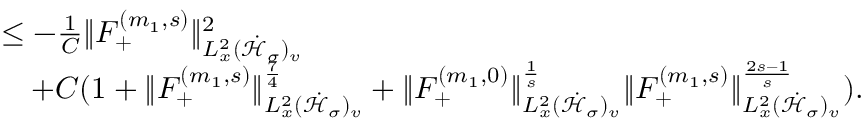
\begin{array} { r l } & { \leq - \frac { 1 } { C } \| F _ { + } ^ { ( m _ { 1 } , s ) } \| _ { L _ { x } ^ { 2 } ( \dot { \mathcal H } _ { \sigma } ) _ { v } } ^ { 2 } } \\ & { \quad + C ( 1 + \| F _ { + } ^ { ( m _ { 1 } , s ) } \| _ { L _ { x } ^ { 2 } ( \dot { \mathcal H } _ { \sigma } ) _ { v } } ^ { \frac { 7 } { 4 } } + \| F _ { + } ^ { ( m _ { 1 } , 0 ) } \| _ { L _ { x } ^ { 2 } ( \dot { \mathcal H } _ { \sigma } ) _ { v } } ^ { \frac { 1 } { s } } \| F _ { + } ^ { ( m _ { 1 } , s ) } \| _ { L _ { x } ^ { 2 } ( \dot { \mathcal H } _ { \sigma } ) _ { v } } ^ { \frac { 2 s - 1 } { s } } ) . } \end{array}